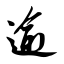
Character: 逾